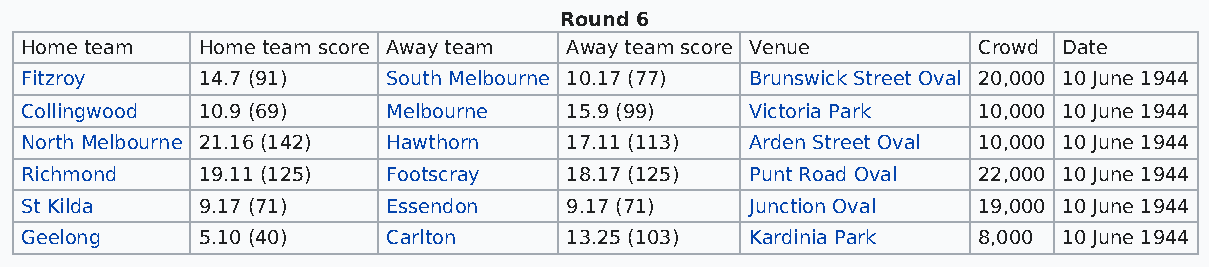
Round 6
 Home team   Home team score Away team Away team score Venue     Crowd Date
 Fitzroy     14.7 (91)    South Melbourne 10.17 (77) Brunswick Street Oval 20,000 10 June 1944
 Collingwood 10.9 (69)    Melbourne  15.9 (99)    Victoria Park  10,000 10 June 1944
 North Melbourne 21.16 (142) Hawthorn 17.11 (113) Arden Street Oval 10,000 10 June 1944
 Richmond    19.11 (125)  Footscray  18.17 (125)  Punt Road Oval 22,000 10 June 1944
 St Kilda    9.17 (71)    Essendon   9.17 (71)    Junction Oval  19,000 10 June 1944
 Geelong     5.10 (40)    Carlton    13.25 (103)  Kardinia Park  8,000 10 June 1944